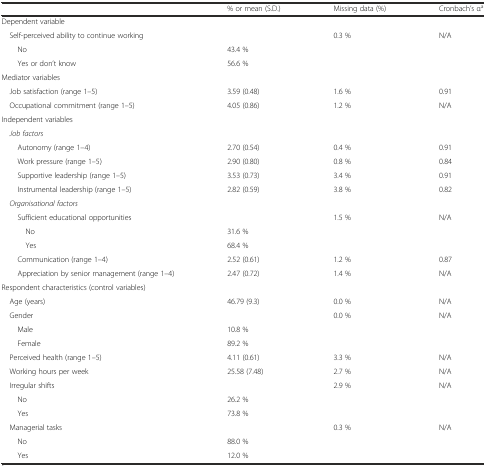
|  | % or mean (S.D.) | Missing data (%) | Cronbach’s αa |
 | --- | --- | --- | --- |
 | Dependent variable |  |  |  |
 | Self-perceived ability to continue working |  | 0.3 % | N/A |
 | No | 43.4 % |  |  |
 | Yes or don’t know | 56.6 % |  |  |
 | Mediator variables |  |  |  |
 | Job satisfaction (range 1–5) | 3.59 (0.48) | 1.6 % | 0.91 |
 | Occupational commitment (range 1–5) | 4.05 (0.86) | 1.2 % | N/A |
 | Independent variables |  |  |  |
 | Job factors |  |  |  |
 | Autonomy (range 1–4) | 2.70 (0.54) | 0.4 % | 0.91 |
 | Work pressure (range 1–5) | 2.90 (0.80) | 0.8 % | 0.84 |
 | Supportive leadership (range 1–5) | 3.53 (0.73) | 3.4 % | 0.91 |
 | Instrumental leadership (range 1–5) | 2.82 (0.59) | 3.8 % | 0.82 |
 | Organisational factors |  |  |  |
 | Sufficient educational opportunities |  | 1.5 % | N/A |
 | No | 31.6 % |  |  |
 | Yes | 68.4 % |  |  |
 | Communication (range 1–4) | 2.52 (0.61) | 1.2 % | 0.87 |
 | Appreciation by senior management (range 1–4) | 2.47 (0.72) | 1.4 % | N/A |
 | Respondent characteristics (control variables) |  |  |  |
 | Age (years) | 46.79 (9.3) | 0.0 % | N/A |
 | Gender |  | 0.0 % | N/A |
 | Male | 10.8 % |  |  |
 | Female | 89.2 % |  |  |
 | Perceived health (range 1–5) | 4.11 (0.61) | 3.3 % | N/A |
 | Working hours per week | 25.58 (7.48) | 2.7 % | N/A |
 | Irregular shifts |  | 2.9 % | N/A |
 | No | 26.2 % |  |  |
 | Yes | 73.8 % |  |  |
 | Managerial tasks |  | 0.3 % | N/A |
 | No | 88.0 % |  |  |
 | Yes | 12.0 % |  |  |